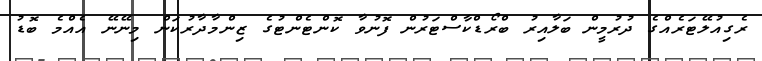
ރެގިއުލޭޓަރެއްގެ ދުރުމީން ބަލާއިރު ބްރޯޑްކާސްޓަރުން ފޮނުވާ ކޮންޓެންޓުގެ ޒިންމާދާރުކަން މިނޭނޭ އެއްމެ ބޮޑު